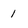
Character: 1